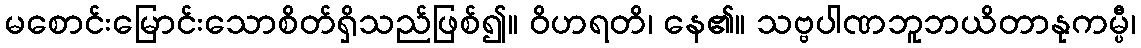
မစောင်းမြောင်းသောစိတ်ရှိသည်ဖြစ်၍။ ဝိဟရတိ၊ နေ၏။ သဗ္ဗပါဏဘူဘယိတာနုကမ္ပီ၊